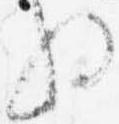
将